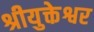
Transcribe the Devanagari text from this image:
श्रीयुक्तेश्वर